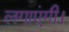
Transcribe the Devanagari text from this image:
लगाएंगी।